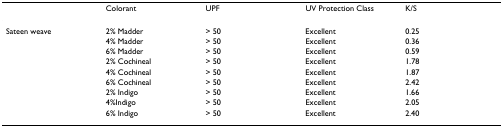
<table><thead><tr><td></td><td><b>Colorant</b></td><td><b>UPF</b></td><td><b>UV Protection Class</b></td><td><b>K/S</b></td></tr></thead><tbody><tr><td>Sateen weave</td><td>2% Madder</td><td>&gt; 50</td><td>Excellent</td><td>0.25</td></tr><tr><td></td><td>4% Madder</td><td>&gt; 50</td><td>Excellent</td><td>0.36</td></tr><tr><td></td><td>6% Madder</td><td>&gt; 50</td><td>Excellent</td><td>0.59</td></tr><tr><td></td><td>2% Cochineal</td><td>&gt; 50</td><td>Excellent</td><td>1.78</td></tr><tr><td></td><td>4% Cochineal</td><td>&gt; 50</td><td>Excellent</td><td>1.87</td></tr><tr><td></td><td>6% Cochineal</td><td>&gt; 50</td><td>Excellent</td><td>2.42</td></tr><tr><td></td><td>2% Indigo</td><td>&gt; 50</td><td>Excellent</td><td>1.66</td></tr><tr><td></td><td>4%Indigo</td><td>&gt; 50</td><td>Excellent</td><td>2.05</td></tr><tr><td></td><td>6% Indigo</td><td>&gt; 50</td><td>Excellent</td><td>2.40</td></tr></tbody></table>